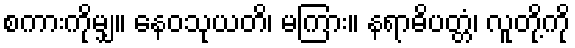
စကားကိုမျှ။ နေဝသုယတိ၊ မကြား။ နရာဓိပတ္တံ၊ လူတို့ကို